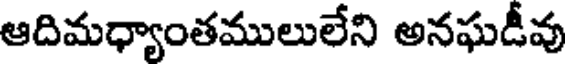
ఆదిమధ్యాంతములులేని అనఘడీవు